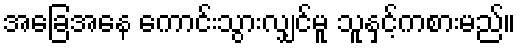
အခြေအနေ ကောင်းသွားလျှင်မူ သူနှင့်ကစားမည်။